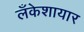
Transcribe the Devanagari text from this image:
लँकेशायार